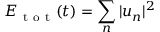
E _ { \mathrm { ~ t ~ o ~ t ~ } } ( t ) = \sum _ { n } | u _ { n } | ^ { 2 }